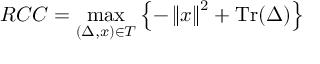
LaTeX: R C C = \operatorname* { m a x } _ { ( \Delta , x ) \in { T } } \left\{ - \left\| x \right\| ^ { 2 } + \operatorname { T r } ( \Delta ) \right\}